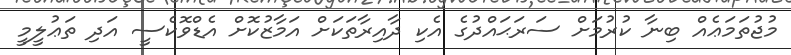
މުޖުތަމަޢެއް ބިނާ ކުރުމަށް ސަރަޙައްދުގެ އެކި ދާއިރާތަކަށް އަމާޒުކޮށް އެޑްވޮކެސީ އަދި ތަޢުލީމީ